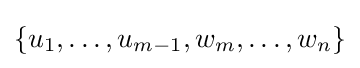
\{u_{1},\ldots ,u_{m-1},w_{m},\ldots ,w_{n}\}